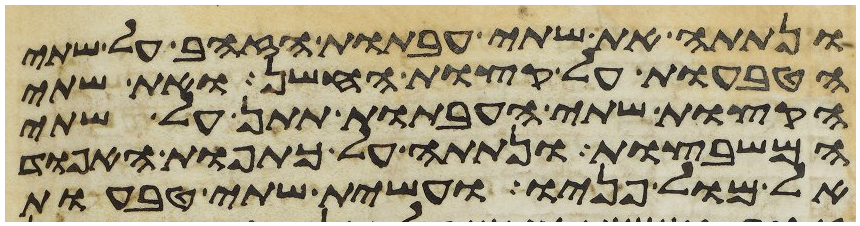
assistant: ונתתה את שתי העבתות הזהב על שתי
הטבעות על קצות החשן ואת שתי
הקצות שתי העבתות תתן על שתי
המשבצות ונתתה על כתפות האפוד
אל מול פניו ועשית שתי טבעות